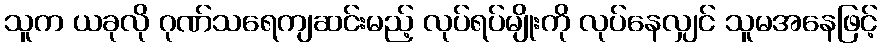
သူက ယခုလို ဂုဏ်သရေကျဆင်းမည့် လုပ်ရပ်မျိုးကို လုပ်နေလျှင် သူမအနေဖြင့်